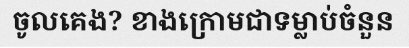
ចូលគេង? ខាងក្រោមជាទម្លាប់ចំនួន